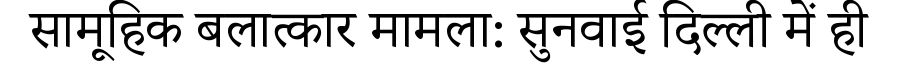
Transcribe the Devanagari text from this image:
सामूहिक बलात्कार मामला: सुनवाई दिल्ली में ही